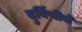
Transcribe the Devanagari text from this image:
दुर्बिणीचे